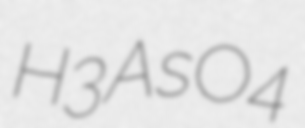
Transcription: H3AsO4